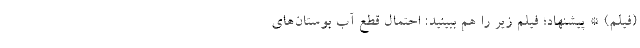
(فیلم) * پیشنهاد؛ فیلم‌ زیر را هم ببینید: احتمال قطع آبِ بوستان‌های